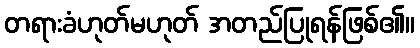
တရားခံဟုတ်မဟုတ် အတည်ပြုရန်ဖြစ်၏။